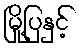
မြို့ပြနှင့်